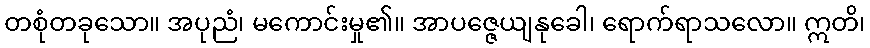
တစုံတခုသော။ အပုညံ၊ မကောင်းမှု၏။ အာပဇ္ဇေယျနုခေါ၊ ရောက်ရာသလော။ ဣတိ၊